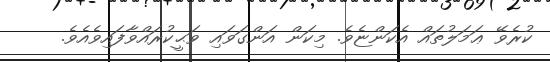
ކުރެވޭ ޢަމަލުތައް އެކަންޏެވެ. މިކަން އަންގަވައި ވަޙީކުރައްވާފައިވެއެވެ.